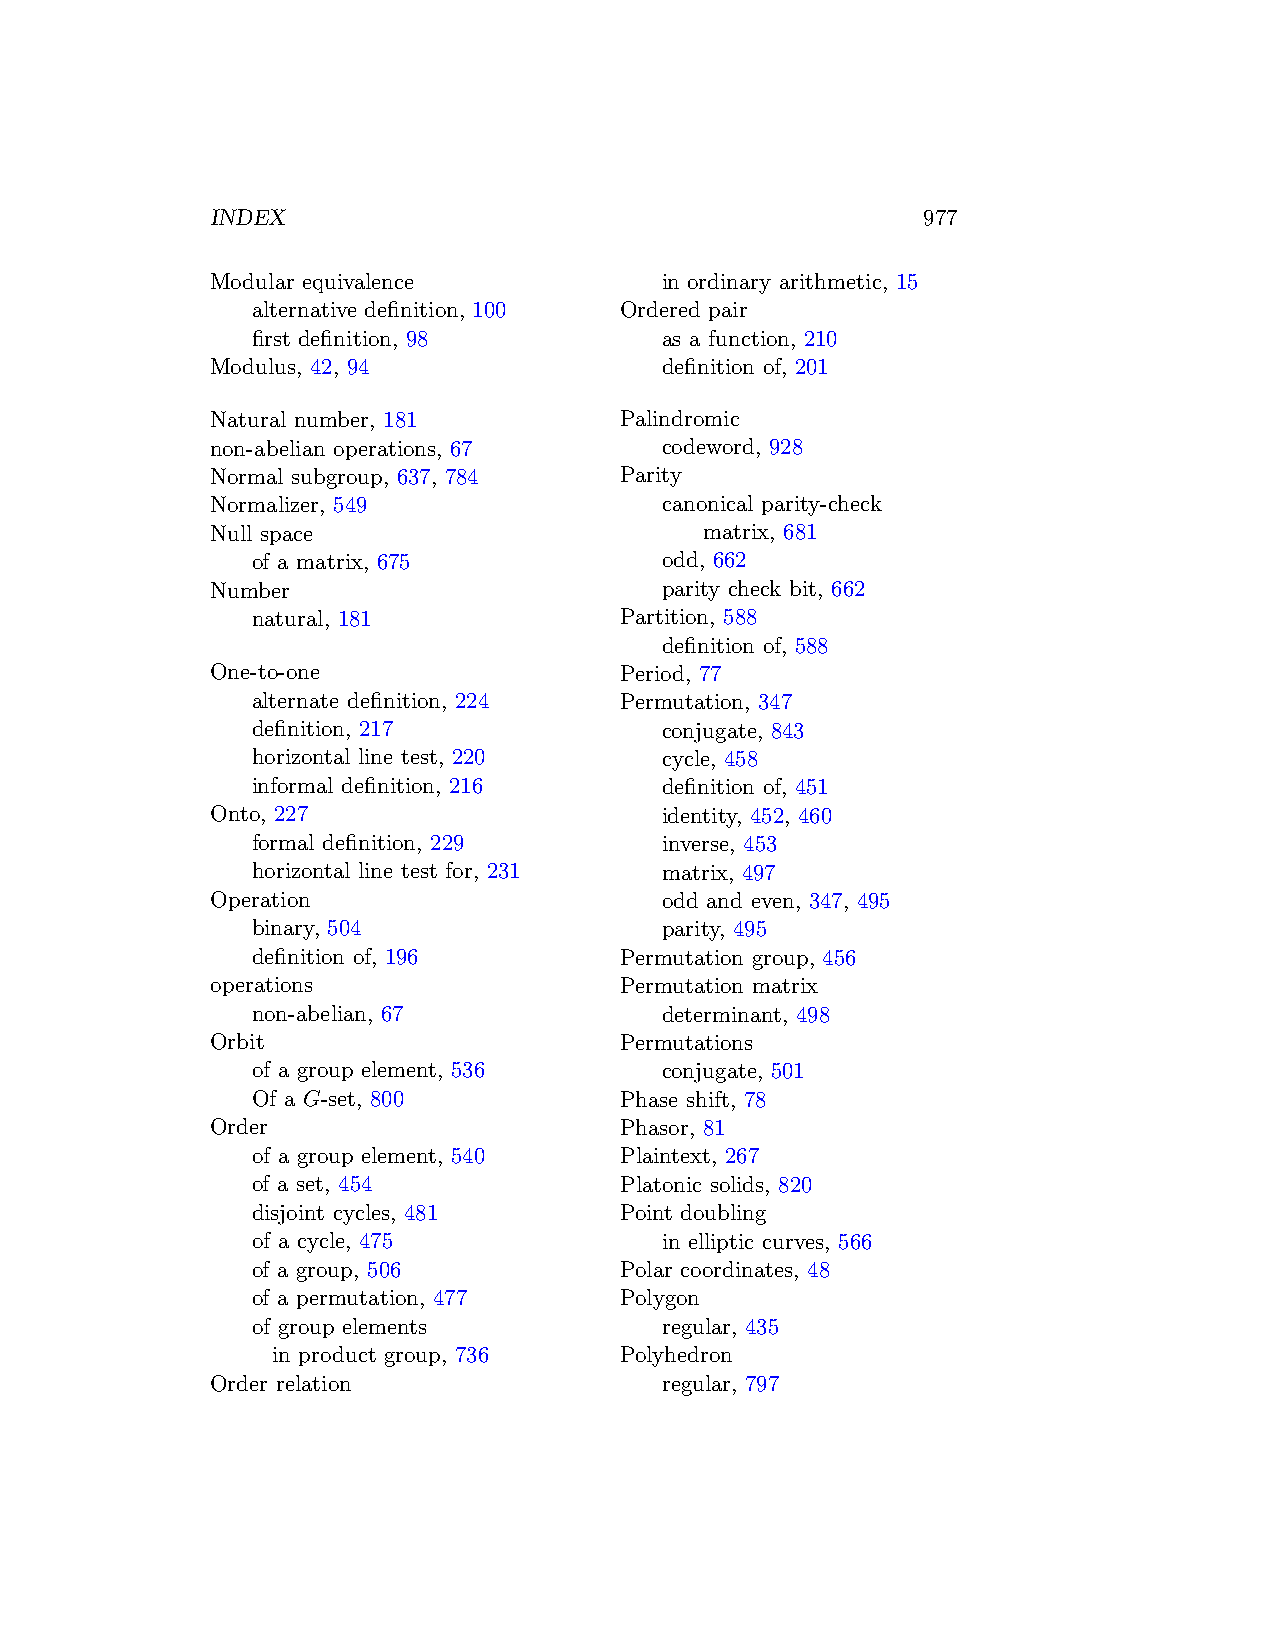
INDEX                                          977
 Modular equivalence           in ordinary arithmetic, 15
 alternative definition, 100 Ordered pair
 first definition, 98       as a function, 210
 Modulus, 42, 94               definition of, 201
 Natural number, 181        Palindromic
 non-abelian operations, 67    codeword, 928
 Normal subgroup, 637, 784  Parity
 Normalizer, 549               canonical parity-check
 Null space                       matrix, 681
 of a matrix, 675           odd, 662
 Number                        parity check bit, 662
 natural, 181            Partition, 588
 definition of, 588
 One-to-one                 Period, 77
 alternate definition, 224 Permutation, 347
 definition, 217            conjugate, 843
 horizontal line test, 220  cycle, 458
 informal definition, 216   definition of, 451
 Onto, 227                     identity, 452, 460
 formal definition, 229     inverse, 453
 horizontal line test for, 231 matrix, 497
 Operation                     odd and even, 347, 495
 binary, 504                parity, 495
 definition of, 196      Permutation group, 456
 operations                 Permutation matrix
 non-abelian, 67            determinant, 498
 Orbit                      Permutations
 of a group element, 536    conjugate, 501
 Of a G-set, 800         Phase shift, 78
 Order                      Phasor, 81
 of a group element, 540 Plaintext, 267
 of a set, 454           Platonic solids, 820
 disjoint cycles, 481    Point doubling
 of a cycle, 475            in elliptic curves, 566
 of a group, 506         Polar coordinates, 48
 of a permutation, 477   Polygon
 of group elements          regular, 435
 in product group, 736  Polyhedron
 Order relation                regular, 797